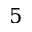
5